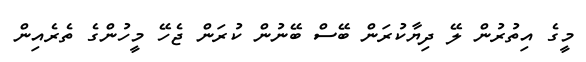
މީގެ އިތުރުން ލޭ ދިޔާކުރަން ބޭސް ބޭނުން ކުރަން ޖެހޭ މީހުންގެ ތެރެއިން